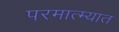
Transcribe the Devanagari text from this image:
परमात्म्यात